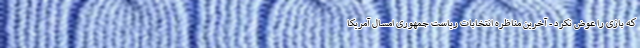
که بازی را عوض نکرد - آخرین مناظره انتخابات ریاست جمهوری امسال آمریکا